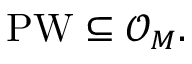
\operatorname { P W } \subseteq { \mathcal { O } } _ { M } .